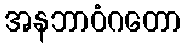
အနဘာဝံဂတော